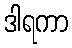
ဒါရကာ